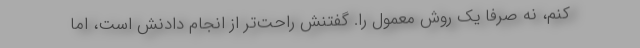
کنم، نه صرفا یک روش معمول را. گفتنش راحت‌تر از انجام دادنش است، اما